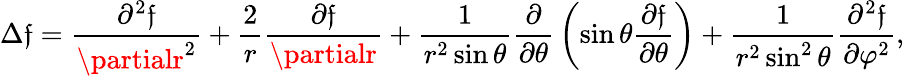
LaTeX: \Delta\mathfrak{f}={\frac{{\partial^{2}\mathfrak{f}}}{{\partialr^{2}}}}+{\frac{{2}}{{r}}}{\frac{{\partial\mathfrak{f}}}{{\partialr}}}+{\frac{{1}}{{r^{2}\sin\theta}}}{\frac{{\partial}}{{\partial\theta}}}\left(\sin\theta{\frac{{\partial\mathfrak{f}}}{{\partial\theta}}}\right)+{\frac{{1}}{{r^{2}\sin^{2}\theta}}}{\frac{{\partial^{2}\mathfrak{f}}}{{\partial\varphi^{2}}}},